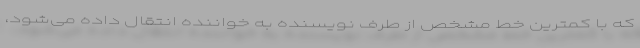
که با کمترین خط مشخص از طرف نویسنده به خواننده انتقال داده می‌شود،